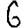
Digit: 6